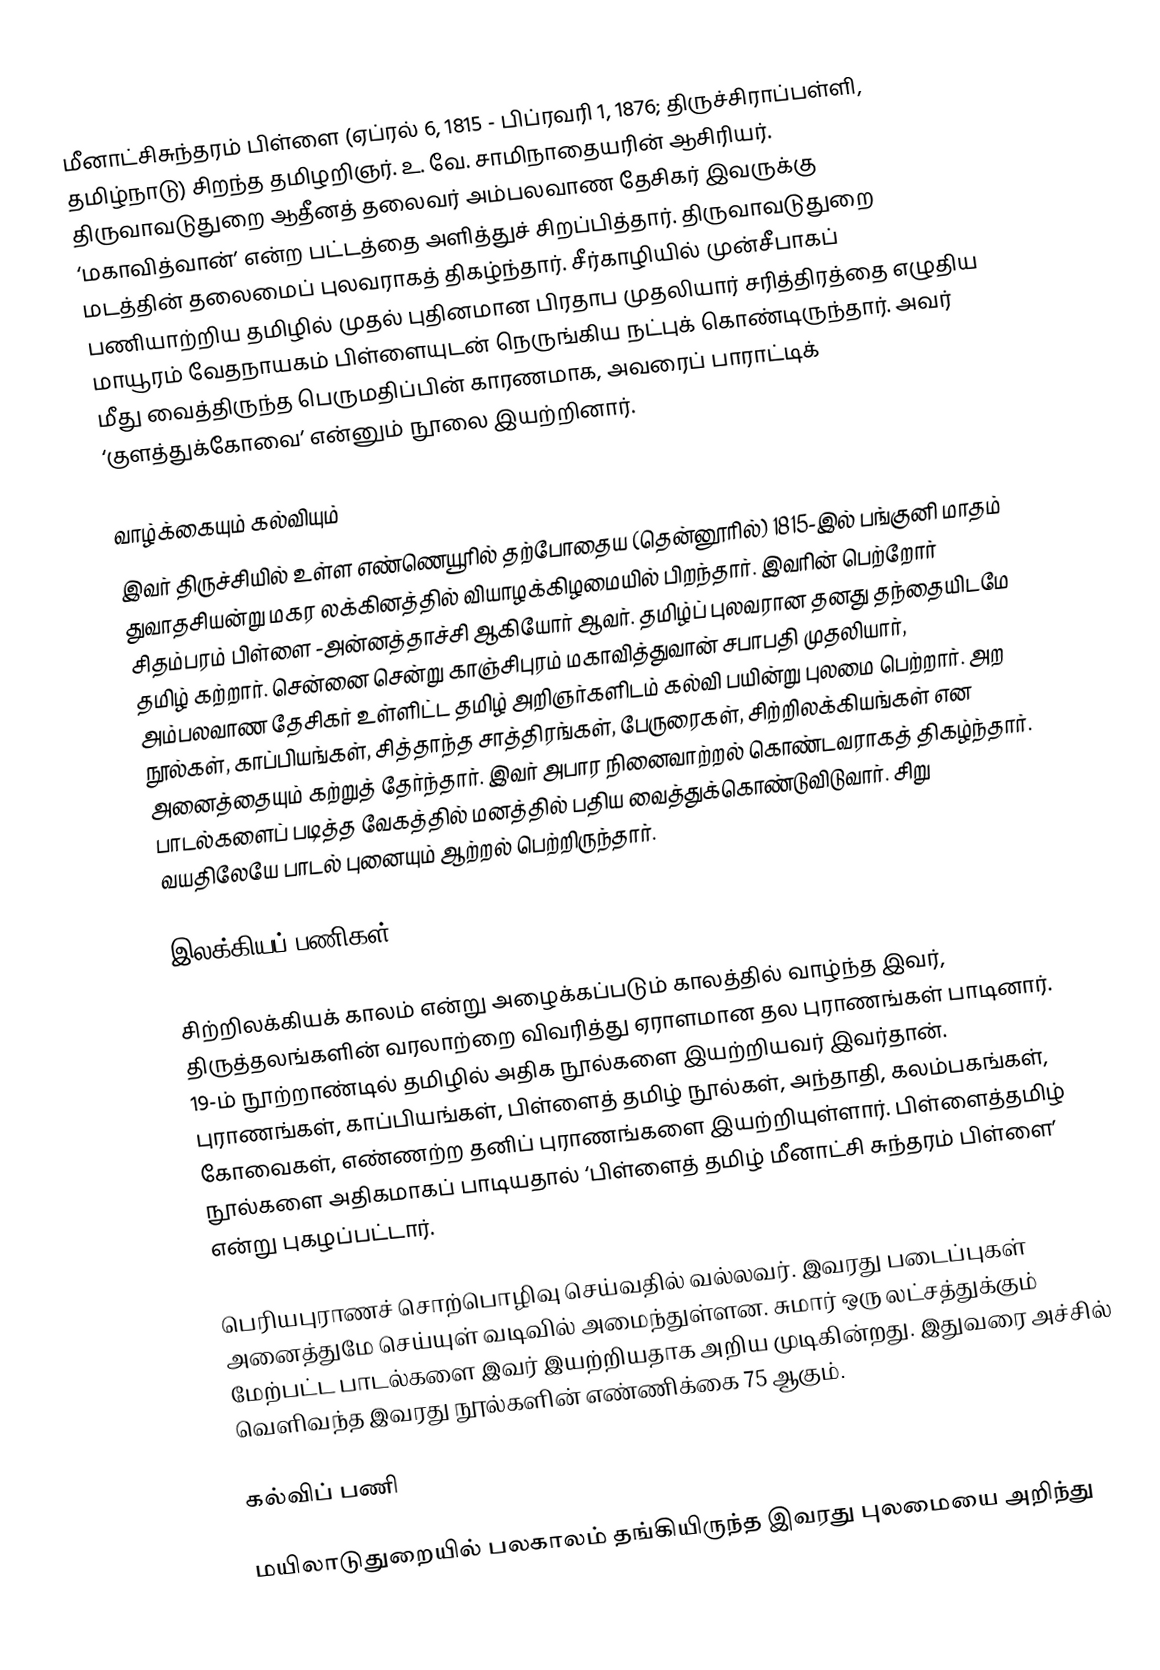
மீனாட்சிசுந்தரம் பிள்ளை (ஏப்ரல் 6, 1815 - பிப்ரவரி 1, 1876; திருச்சிராப்பள்ளி, தமிழ்நாடு) சிறந்த தமிழறிஞர்.  உ. வே. சாமிநாதையரின் ஆசிரியர். திருவாவடுதுறை ஆதீனத் தலைவர் அம்பலவாண தேசிகர் இவருக்கு ‘மகாவித்வான்’ என்ற பட்டத்தை அளித்துச் சிறப்பித்தார். திருவாவடுதுறை மடத்தின் தலைமைப் புலவராகத் திகழ்ந்தார். சீர்காழியில் முன்சீபாகப் பணியாற்றிய தமிழில் முதல் புதினமான பிரதாப முதலியார் சரித்திரத்தை எழுதிய மாயூரம் வேதநாயகம் பிள்ளையுடன் நெருங்கிய நட்புக் கொண்டிருந்தார். அவர் மீது வைத்திருந்த பெருமதிப்பின் காரணமாக, அவரைப் பாராட்டிக் ‘குளத்துக்கோவை’ என்னும் நூலை இயற்றினார்.

வாழ்க்கையும் கல்வியும்
இவர் திருச்சியில் உள்ள எண்ணெயூரில் தற்போதைய (தென்னூரில்) 1815-இல் பங்குனி மாதம் துவாதசியன்று மகர லக்கினத்தில் வியாழக்கிழமையில் பிறந்தார். இவரின் பெற்றோர் சிதம்பரம் பிள்ளை -அன்னத்தாச்சி ஆகியோர் ஆவர். தமிழ்ப் புலவரான தனது தந்தையிடமே தமிழ் கற்றார். சென்னை சென்று காஞ்சிபுரம் மகாவித்துவான் சபாபதி முதலியார், அம்பலவாண தேசிகர் உள்ளிட்ட தமிழ் அறிஞர்களிடம் கல்வி பயின்று புலமை பெற்றார். அற நூல்கள், காப்பியங்கள்,  சித்தாந்த சாத்திரங்கள், பேருரைகள், சிற்றிலக்கியங்கள் என அனைத்தையும் கற்றுத் தேர்ந்தார்.  இவர் அபார நினைவாற்றல் கொண்டவராகத் திகழ்ந்தார். பாடல்களைப் படித்த வேகத்தில் மனத்தில் பதிய வைத்துக்கொண்டுவிடுவார். சிறு வயதிலேயே பாடல் புனையும் ஆற்றல் பெற்றிருந்தார்.

இலக்கியப் பணிகள்

சிற்றிலக்கியக் காலம் என்று அழைக்கப்படும்  காலத்தில் வாழ்ந்த இவர், திருத்தலங்களின் வரலாற்றை விவரித்து ஏராளமான தல புராணங்கள் பாடினார். 19-ம் நூற்றாண்டில் தமிழில் அதிக நூல்களை இயற்றியவர் இவர்தான். புராணங்கள், காப்பியங்கள், பிள்ளைத் தமிழ் நூல்கள், அந்தாதி, கலம்பகங்கள், கோவைகள், எண்ணற்ற தனிப் புராணங்களை இயற்றியுள்ளார். பிள்ளைத்தமிழ் நூல்களை அதிகமாகப் பாடியதால் ‘பிள்ளைத் தமிழ் மீனாட்சி சுந்தரம் பிள்ளை’ என்று புகழப்பட்டார்.

பெரியபுராணச் சொற்பொழிவு செய்வதில் வல்லவர். இவரது படைப்புகள் அனைத்துமே செய்யுள் வடிவில் அமைந்துள்ளன. சுமார் ஒரு லட்சத்துக்கும் மேற்பட்ட பாடல்களை இவர் இயற்றியதாக அறிய முடிகின்றது. இதுவரை அச்சில் வெளிவந்த இவரது நூல்களின் எண்ணிக்கை 75 ஆகும்.

கல்விப் பணி

மயிலாடுதுறையில் பலகாலம் தங்கியிருந்த இவரது புலமையை அறிந்து